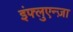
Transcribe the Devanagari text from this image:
इंफ्लुएन्ज़ा